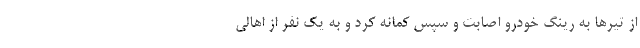
از تیرها به رینگ خودرو اصابت و سپس کمانه کرد و به یک نفر از اهالی